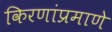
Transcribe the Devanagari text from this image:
किरणांप्रमाणे